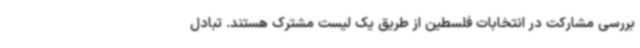
بررسی مشارکت در انتخابات فلسطین از طریق یک لیست مشترک هستند. تبادل